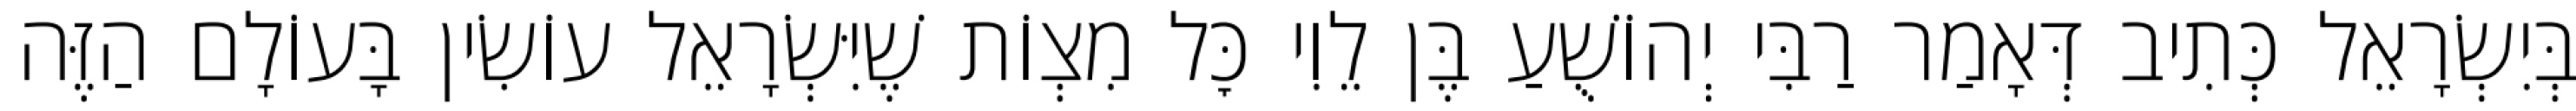
בְּיִשְׂרָאֵל כְּתִיב דְּאָמַר רַבִּי יְהוֹשֻׁעַ בֶּן לֵוִי כׇּל מִצְוֹת שֶׁיִּשְׂרָאֵל עוֹשִׂין בָּעוֹלָם הַזֶּה